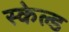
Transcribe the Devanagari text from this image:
स्केल्ड